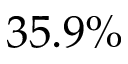
3 5 . 9 \%